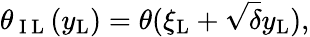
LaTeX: \theta_{\mathrm{~I~L~}}(y_{\mathrm{{L}}})=\theta(\xi_{\mathrm{{L}}}+\sqrt{\delta}y_{\mathrm{{L}}}),